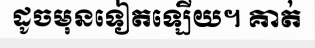
ដូចមុនទៀតឡើយ។ គាត់